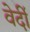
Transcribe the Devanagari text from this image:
वेर्दी